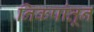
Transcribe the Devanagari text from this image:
निकषांतून